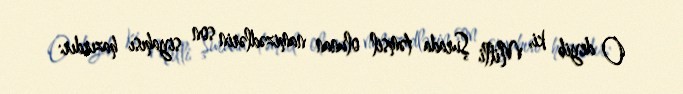
O deyib ki, Milli Şurada təmsil olunan namizədlərin son siyahısı hazırdır: